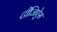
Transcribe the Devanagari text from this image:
टीजिऐस